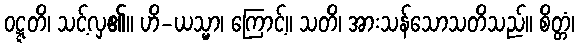
ဝဋ္ဋတိ၊ သင့်လှ၏။ ဟိ-ယသ္မာ၊ ကြောင့်။ သတိ၊ အားသန်သောသတိသည်။ စိတ္တံ၊